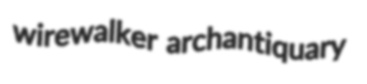
wirewalker archantiquary